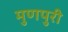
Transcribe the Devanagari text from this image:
मुणपुरी